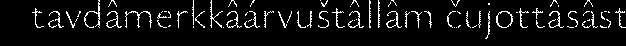
tavdâmerkkâárvuštâllâm čujottâsâst